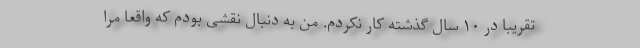
تقریبا در ۱۰ سال گذشته کار نکردم. من به دنبال نقشی بودم که واقعا مرا